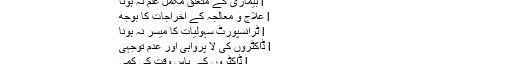
ڈپریشن میں مبتلا ہونا
l بیماری کے متعلق مکمل علم نہ ہونا
l علاج و معالجہ کے اخراجات کا بوجھ
l ٹرانسپورٹ سہولیات کا میسر نہ ہونا
l ڈاکٹروں کی لا پرواہی اور عدم توجہی
l ڈاکٹروں کے پاس وقت کی کمی
ڈپریشن شوگر کنٹرول کرنے میں آہنی دیوار بن کے کھڑا ہو جاتی ہے۔